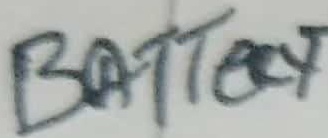
Text: Battery